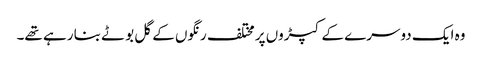
وہ ایک دوسرے کے کپڑوں پر مختلف رنگوں کے گل بوٹے بنا رہے تھے۔